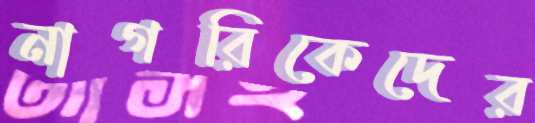
নাগরিকেদের